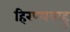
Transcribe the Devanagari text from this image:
हिरण्यबाहु